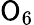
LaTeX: \mathsf{O}_{6}